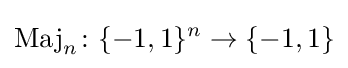
\operatorname {Maj} _{n}\colon \{-1,1\}^{n}\to \{-1,1\}